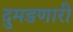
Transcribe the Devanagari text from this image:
दुमडणारी